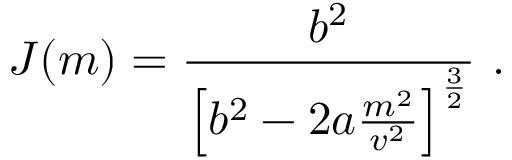
J ( m ) = { \frac { b ^ { 2 } } { \left[ b ^ { 2 } - 2 a { \frac { m ^ { 2 } } { v ^ { 2 } } } \right] ^ { \frac { 3 } { 2 } } } } \ .